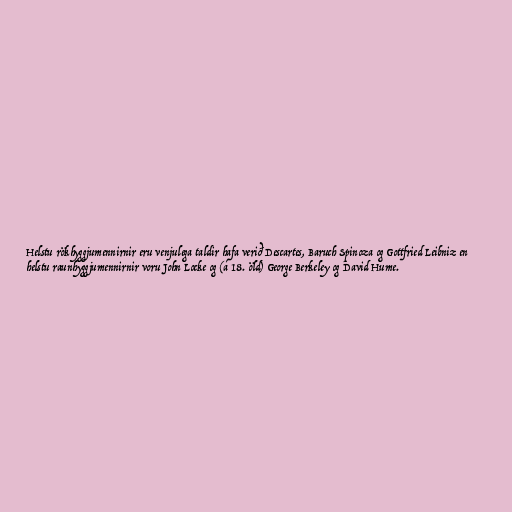
Helstu rökhyggjumennirnir eru venjulega taldir hafa verið Descartes, Baruch Spinoza og Gottfried Leibniz en
helstu raunhyggjumennirnir voru John Locke og (á 18. öld) George Berkeley og David Hume.